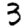
Digit: 3